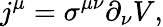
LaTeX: j^{\mu}=\sigma^{\mu\nu}\partial_{\nu}V,